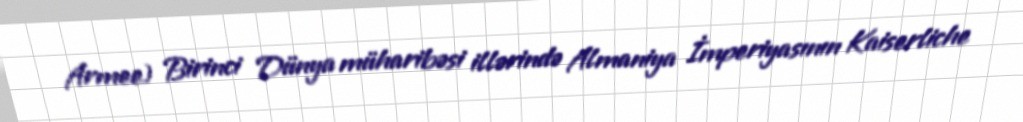
Armee) Birinci Dünya müharibəsi illərində Almaniya İmperiyasının Kaiserliche